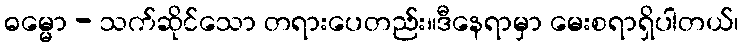
ဓမ္မော - သက်ဆိုင်သော တရားပေတည်း။ဒီနေရာမှာ မေးစရာရှိပါတယ်၊